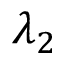
\lambda _ { 2 }